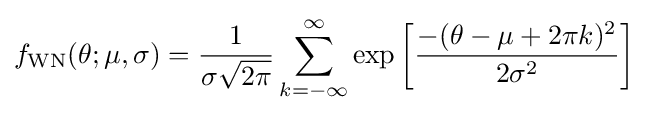
f_{\text{WN}}(\theta ;\mu ,\sigma )={\frac {1}{\sigma {\sqrt {2\pi }}}}\sum _{k=-\infty }^{\infty }\exp \left[{\frac {-(\theta -\mu +2\pi k)^{2}}{2\sigma ^{2}}}\right]